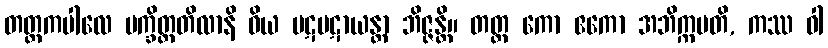
တတ္တကပါလေ ပက္ခိတ္တတိလာနိ ဝိယ ပဋပဋာယန္တာ ဘိဇ္ဇန္တိ။ တတ္ထ ကော ဧကော အဘိက္ကမတိ, ကဿ ဝါ